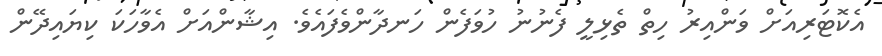
އެކޮޓަރިއަށް ވަންއިރު ހިތް ތެޅިލީ ފެނުނު ހުވަފެން ހަނދާންވެފައެވެ. އިޝާންއަށް އެވާހަކަ ކިޔައިދޭން